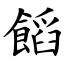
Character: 饀